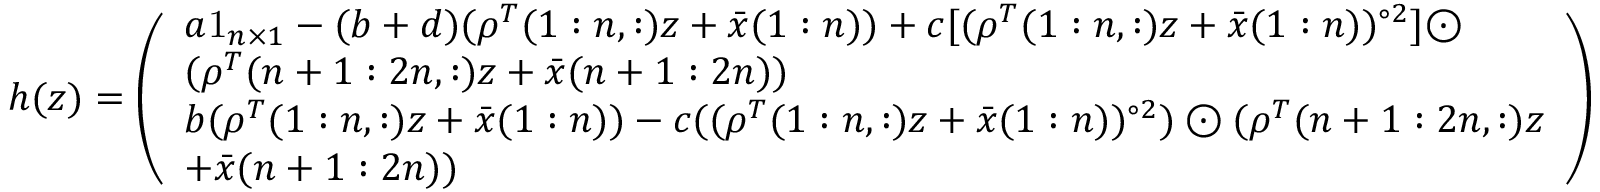
\begin{array} { r } { h ( z ) = \left( \begin{array} { l } { a \mathrm { 1 } _ { n \times 1 } - ( b + d ) ( \rho ^ { T } ( 1 : n , : ) z + \bar { x } ( 1 : n ) ) + c [ ( \rho ^ { T } ( 1 : n , : ) z + \bar { x } ( 1 : n ) ) ^ { \circ 2 } ] \odot } \\ { ( \rho ^ { T } ( n + 1 : 2 n , : ) z + \bar { x } ( n + 1 : 2 n ) ) } \\ { b ( \rho ^ { T } ( 1 : n , : ) z + \bar { x } ( 1 : n ) ) - c ( ( \rho ^ { T } ( 1 : n , : ) z + \bar { x } ( 1 : n ) ) ^ { \circ 2 } ) \odot ( \rho ^ { T } ( n + 1 : 2 n , : ) z } \\ { + \bar { x } ( n + 1 : 2 n ) ) } \end{array} \right) } \end{array}